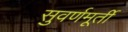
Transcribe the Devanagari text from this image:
सुवर्णमूर्ती